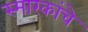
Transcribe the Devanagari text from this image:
स्‍मारकांचे